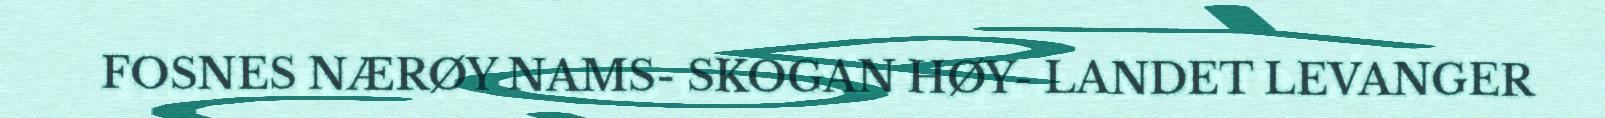
FOSNES NÆRØY NAMS- SKOGAN HØY- LANDET LEVANGER